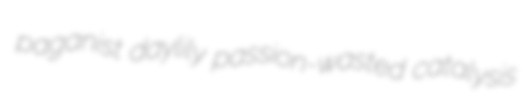
paganist daylily passion-wasted catalysis